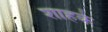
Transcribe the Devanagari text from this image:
शाहके